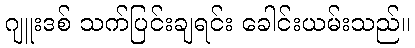
ဂျူးဒစ် သက်ပြင်းချရင်း ခေါင်းယမ်းသည်။